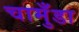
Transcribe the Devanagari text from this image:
चामुँडा